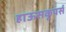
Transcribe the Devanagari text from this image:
हाऊसकूपर्स